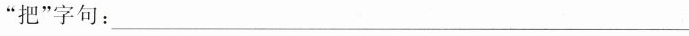
“把”字句：___